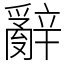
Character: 辭